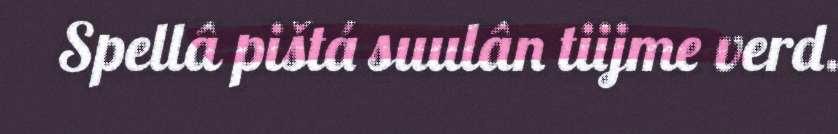
Spellâ pištá suulân tiijme verd.